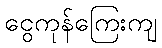
ငွေကုန်ကြေးကျ